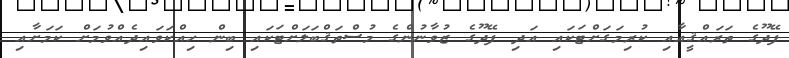
ފޭދޫގެ ތަރައްޤީއާއި ކުރިމަގަށްޓަކައި އަދި ފޭދޫގެ ޒުވާނުންގެ މުސްތަޤްބަލަށްޓަކައި ބިން ހިއްކަވައިދެއްވުމަށް ކަމަށާއި